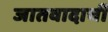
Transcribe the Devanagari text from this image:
जातवादाची